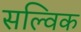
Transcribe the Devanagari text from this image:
सल्विक